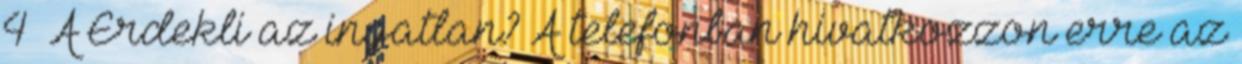
4 A Érdekli az ingatlan? A telefonban hivatkozzon erre az